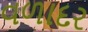
વળાદર